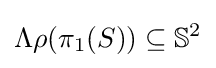
\Lambda \rho (\pi _{1}(S))\subseteq \mathbb {S} ^{2}